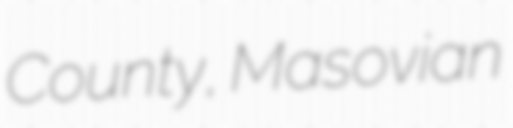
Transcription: County, Masovian